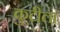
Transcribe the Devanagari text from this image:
कुटीला